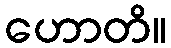
ဟောတိ။